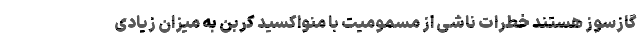
گازسوز هستند خطرات ناشی از مسمومیت با منواکسید کربن به میزان زیادی